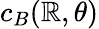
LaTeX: c_{B}(\mathbb{R},\theta)